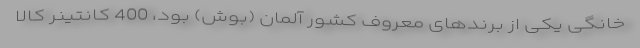
خانگی یکی از برندهای معروف کشور آلمان (بوش) بود، 400 کانتینر کالا